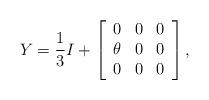
LaTeX: \begin{align*}Y = \frac{1}{3}I +\left[ \begin{array}{c c c}0 & 0 & 0 \\ \theta & 0& 0 \\0 &0& 0 \end{array} \right],\end{align*}